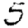
Digit: 5